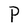
Character: P